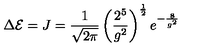
\Delta { \cal E } = J = \frac { 1 } { \sqrt { 2 \pi } } \left( \frac { 2 ^ { 5 } } { g ^ { 2 } } \right) ^ { \frac 1 2 } e ^ { - \frac { 8 } { g ^ { 2 } } }